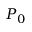
P _ { 0 }